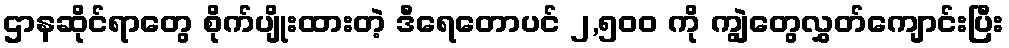
ဌာနဆိုင်ရာတွေ စိုက်ပျိုးထားတဲ့ ဒီရေတောပင် ၂,၅၀၀ ကို ကျွဲတွေလွှတ်ကျောင်းပြီး